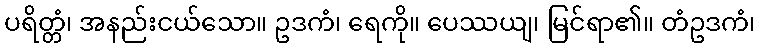
ပရိတ္တံ၊ အနည်းငယ်သော။ ဥဒကံ၊ ရေကို။ ပေဿယျ၊ မြင်ရာ၏။ တံဥဒကံ၊